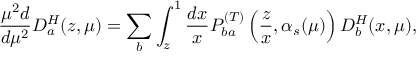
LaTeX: \frac { \mu ^ { 2 } d } { d \mu ^ { 2 } } D _ { a } ^ { H } ( z , \mu ) = \sum _ { b } \int _ { z } ^ { 1 } \frac { d x } { x } P _ { b a } ^ { ( T ) } \left( \frac { z } { x } , \alpha _ { s } ( \mu ) \right) D _ { b } ^ { H } ( x , \mu ) ,